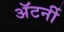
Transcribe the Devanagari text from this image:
अॅटर्नी